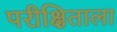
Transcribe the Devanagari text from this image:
परीक्षिताला